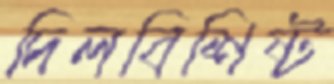
দিলবিশিষ্ট